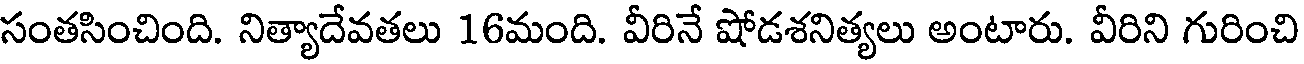
సంతసించింది. నిత్యాదేవతలు 16మంది. వీరినే షోడశనిత్యలు అంటారు. వీరిని గురించి